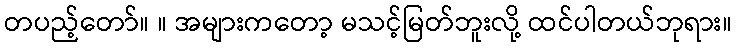
တပည့်တော်။ ။ အများကတော့ မသင့်မြတ်ဘူးလို့ ထင်ပါတယ်ဘုရား။